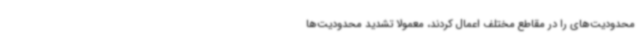
محدودیت‌های را در مقاطع مختلف اعمال کردند، معمولا تشدید محدودیت‌ها